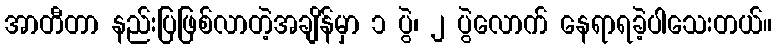
အာတီတာ နည်းပြဖြစ်လာတဲ့အချိန်မှာ ၁ ပွဲ၊ ၂ ပွဲလောက် နေရာရခဲ့ပါသေးတယ်။